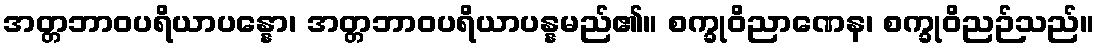
အတ္တဘာဝပရိယာပန္နော၊ အတ္တဘာဝပရိယာပန္နမည်၏။ စက္ခုဝိညာဏေန၊ စက္ခုဝိညဉ်သည်။